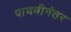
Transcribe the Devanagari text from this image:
पाचवीनंतर